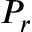
P _ { r }